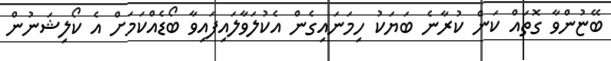
ބޭޏުންވާ ގޮތައް ކަން ކުރާނެ ބަޔަކު ހިމަނައިގެން އެކުލަވާލައިފައިވާ ބޯޑެއްކަމަށް އެ ކޯލިޝަނުން